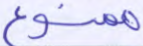
ممنوع